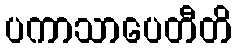
ပကာသာပေတီတိ